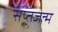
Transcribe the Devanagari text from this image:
सप्तजन्म